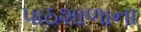
પાઠશાળાના